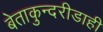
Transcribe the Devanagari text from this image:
बेताकुन्दरीडाही